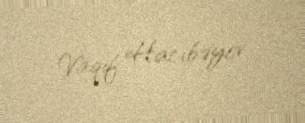
Vaqif Hacıbəyov